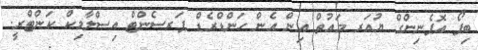
ބިފޯ އޮޕެނިންގް ޔުއަރ މައުތް އިން އެން ހަންޑްރެޑް ޕަރސެންޓް އިސްލާމިކް ކަންޓްރީ.